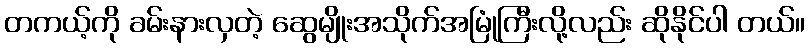
တကယ့်ကို ခမ်းနားလှတဲ့ ဆွေမျိုးအသိုက်အမြုံကြီးလို့လည်း ဆိုနိုင်ပါ တယ်။